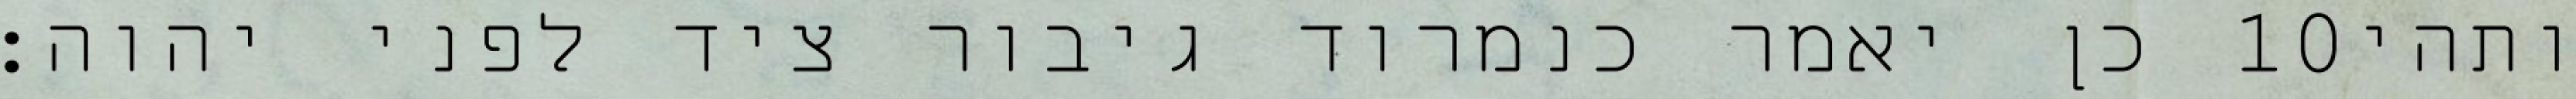
כן יאמר כנמרוד גיבור ציד לפני יהוה׃ ‎10‏ ותהי